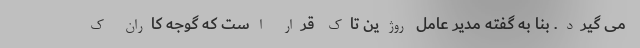
می گیرد. بنا به گفته مدیر عامل روژین تاک قرار است که گوجه کاران ک